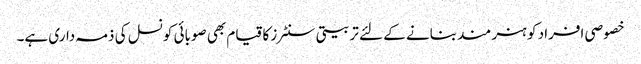
خصوصی افراد کو ہنر مند بنانے کے لئے تربیتی سنٹرز کا قیام بھی صوبائی کونسل کی ذمہ داری ہے۔